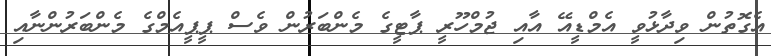
އެގޮތުން ވިދާޅުވީ އެމްޑީއޭ އާއި ޖުމްހޫރީ ޕާޓީގެ މެންބަރުން ވެސް ޕީޕީއެމްގެ މެންބަރުންނާއި